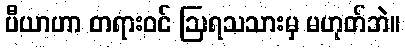
ပီယာဟာ တရားဝင် ဩရသသားမှ မဟုတ်ဘဲ။